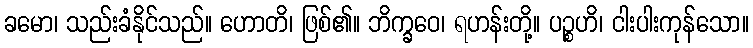
ခမော၊ သည်းခံနိုင်သည်။ ဟောတိ၊ ဖြစ်၏။ ဘိက္ခဝေ၊ ရဟန်းတို့။ ပဉ္စဟိ၊ ငါးပါးကုန်သော။